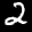
Label: 2